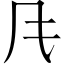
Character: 𲋄